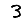
Digit: 3